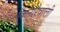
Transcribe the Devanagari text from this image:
किनारेवाली